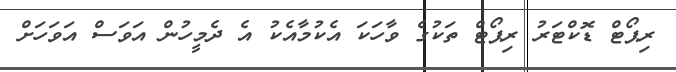
ރިޕޯޓް ޑޮކްޓަރު ރިޕޯޓް ތަކުގެ ވާހަކަ އެކުމާއެކު އެ ދެމީހުން އަވަސް އަވަހަށް